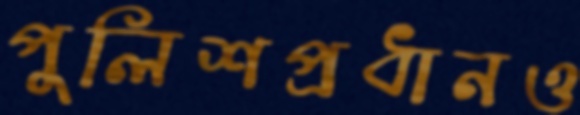
পুলিশপ্রধানও